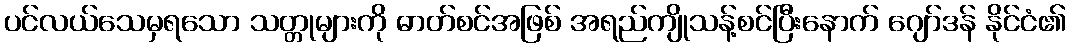
ပင်လယ်သေမှရသော သတ္တုများကို ဓာတ်စင်အဖြစ် အရည်ကျိုသန့်စင်ပြီးနောက် ဂျော်ဒန် နိုင်ငံ၏